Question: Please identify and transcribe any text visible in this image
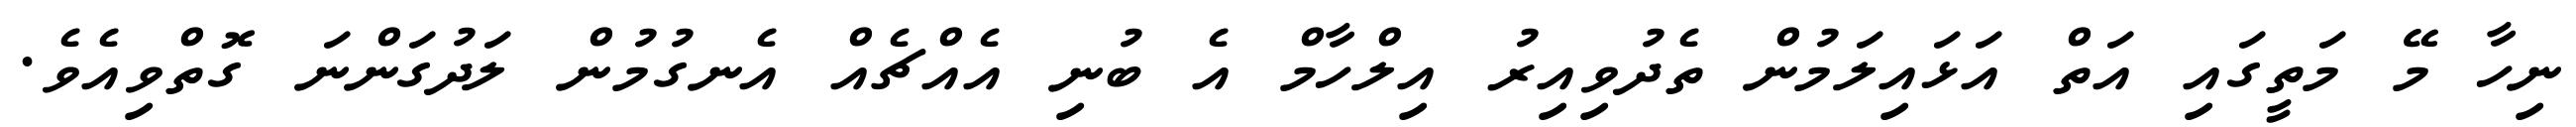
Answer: ނިހާ މޭ މަތީގައި އަތް އަޅައިލަމުން ތެދުވިއިރު އިލްހާމް އެ ބުނި އެއްޗެއް އެނގުމުން ލަދުގަންނަ ގޮތްވިއެވެ.